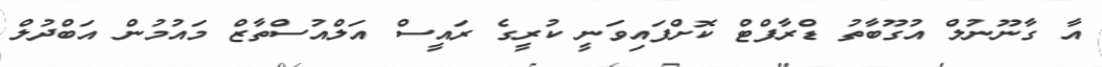
އާ ގާނޫނުލް އުގޫބާތު ޑްރާފްޓް ކޮށްފައިވަނީ ކުރީގެ ރައީސް އަލްއުސްތާޒް މައުމުން އަބްދުލް